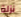
نزلة